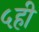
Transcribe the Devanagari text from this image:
५ही